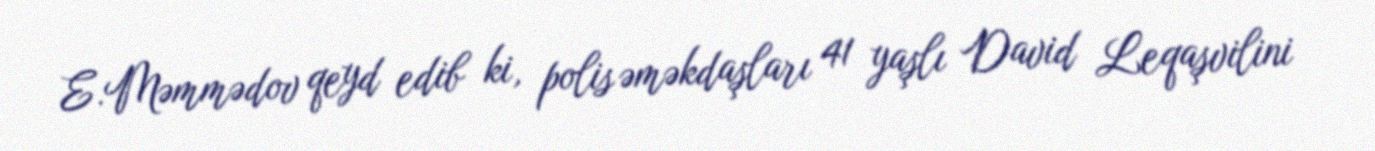
E.Məmmədov qeyd edib ki, polis əməkdaşları 41 yaşlı David Leqaşvilini